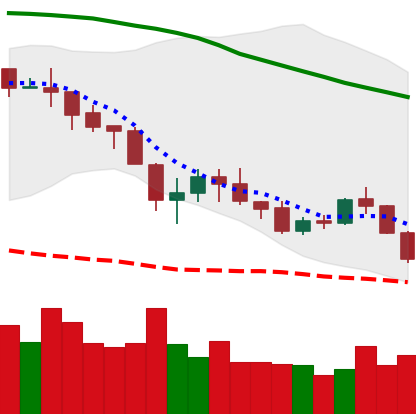
Ticker: NEO-USD
Chart end date: 2018-05-23
Forward return: -8.018%
Label: down_7plus